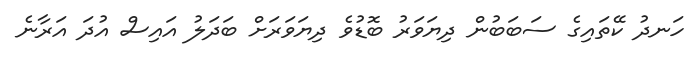
ހަނދު ކޭތައިގެ ސަބަބުން ދިޔަވަރު ބޮޑުވެ ދިޔަވަރަށް ބަދަލު އައިސް އުދަ އަރާނެ